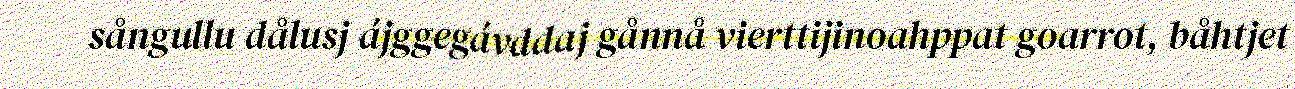
sångullu dålusj ájggegávddaj gånnå vierttijinoahppat goarrot, båhtjet